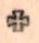
+